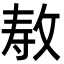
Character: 𫾳